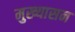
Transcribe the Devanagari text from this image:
मुख्यासन